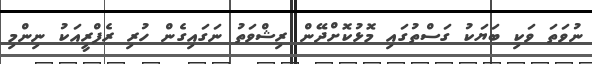
ނުވަތަ ވަކި ބަޔަކު ގަސްތުގައި މޮޅުކޮށްދޭން ރިޝްވަތު ނަގައިގެން ހުރި ރެފްރީއަކު ނިންމި